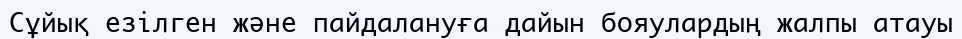
Cұйық езілген және пайдалануға дайын бояулардың жалпы атауы